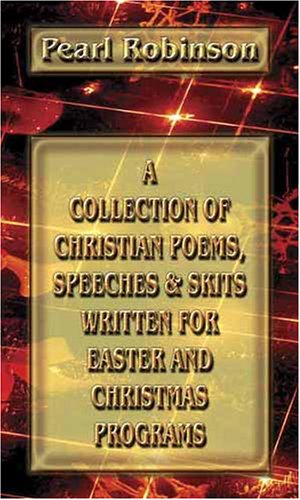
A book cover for A Collection of Christian Poems, Speeches & Skits Written for Easter and Christmas Programs; Pearl Robinson; Christian Books & Bibles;